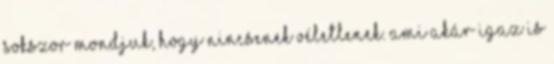
sokszor mondjuk, hogy nincsenek véletlenek. Ami akár igaz is